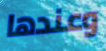
وعندها